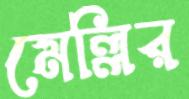
মেল্লির